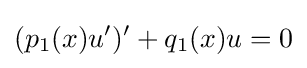
(p_{1}(x)u')'+q_{1}(x)u=0